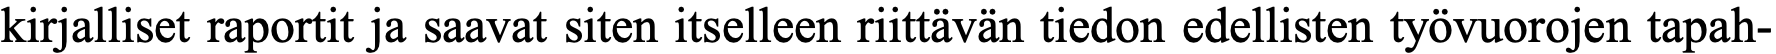
kirjalliset raportit ja saavat siten itselleen riittävän tiedon edellisten työvuorojen tapah-